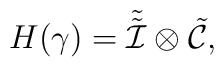
H(\gamma) = \tilde{\tilde{{\cal I}}} \otimes\tilde{{\cal C}},